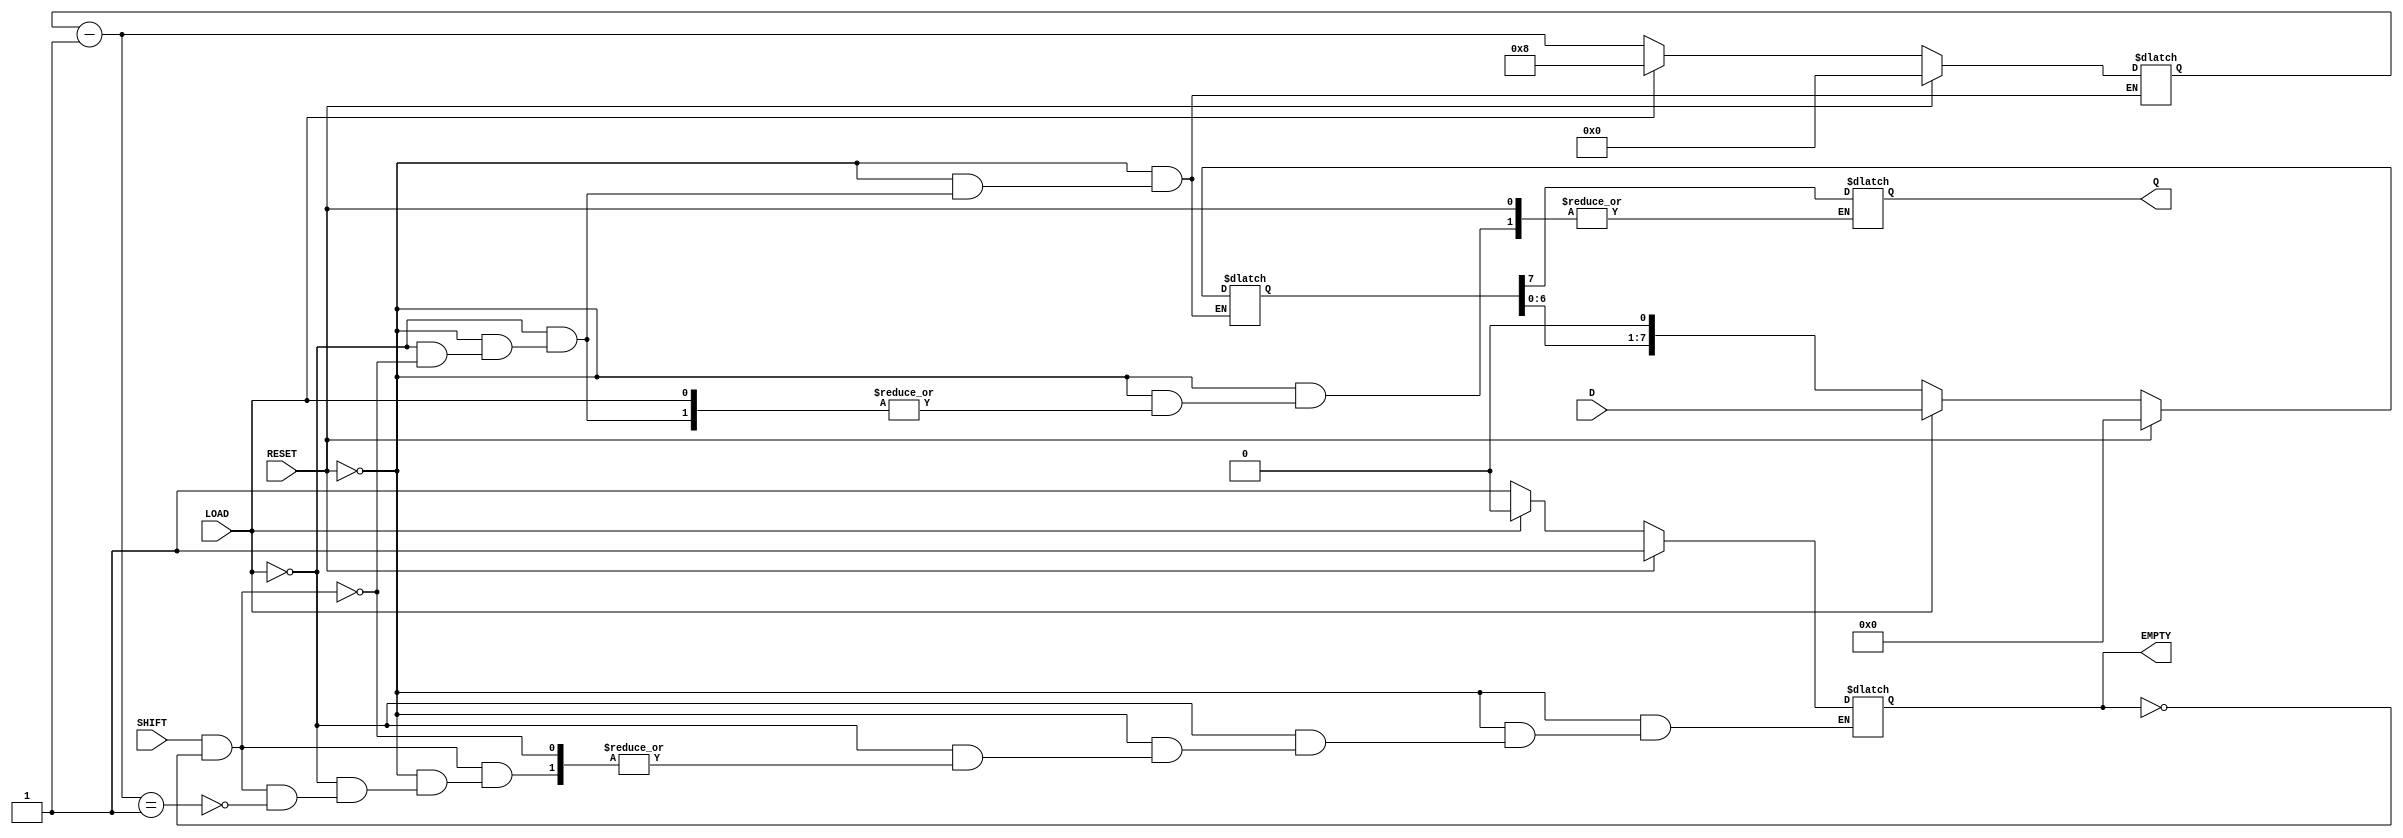
module PISO_Register #(
    parameter n = 8  // Parameter for the number of bits in the register
)(
    input wire [n-1:0] D,       // Parallel data inputs
    input wire LOAD,             // Load control signal
    input wire SHIFT,            // Shift control signal
    input wire RESET,            // Asynchronous reset signal
    output reg Q,                // Serial output
    output reg EMPTY             // Empty flag
);

    reg [n-1:0] shift_reg;       // Shift register to hold data
    reg [3:0] count;             // Counter to track the number of bits shifted out

    // Asynchronous reset and load logic
    always @* begin
        if (RESET) begin
            shift_reg = 0;        // Clear the register
            EMPTY = 1;           // Set EMPTY flag
            count = 0;           // Reset count
        end else if (LOAD) begin
            shift_reg = D;       // Load data into shift register
            EMPTY = 0;           // Clear EMPTY flag
            count = n;           // Set count to number of bits
        end else if (SHIFT && !EMPTY) begin
            Q = shift_reg[n-1];  // Output the MSB
            shift_reg = shift_reg << 1; // Shift left
            count = count - 1;   // Decrement count
            if (count == 1) begin
                EMPTY = 1;       // Set EMPTY flag if all bits are shifted out
            end
        end
    end

    // Initial state
    initial begin
        shift_reg = 0;
        Q = 0;
        EMPTY = 1;
        count = 0;
    end

endmodule